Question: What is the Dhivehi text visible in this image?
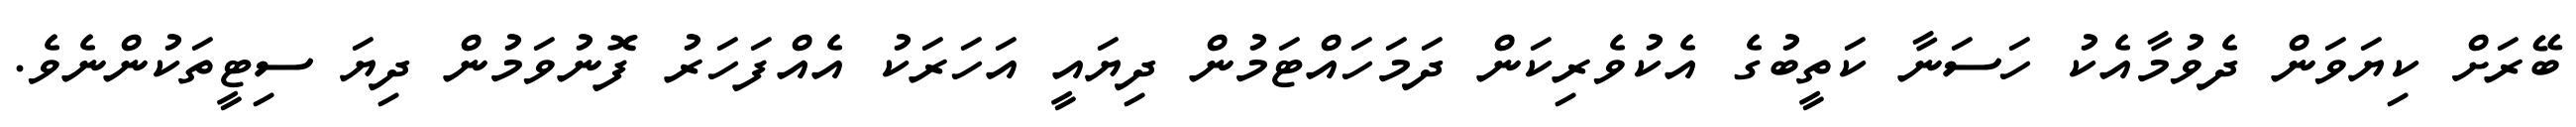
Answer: ބޭރަށް ކިޔަވަން ދެވުމާއެކު ހަސަނާ ކަތީބުގެ އެކުވެރިކަން ދަމަހައްޓަމުން ދިޔައީ އަހަރަކު އެއްފަހަރު ފޮނުވަމުން ދިޔަ ސިޓީތަކުންނެވެ.